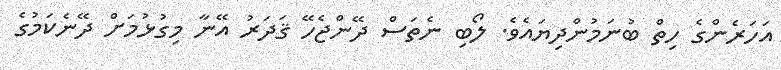
އަހަރެންގެ ހިތް ބުނަމުންދިޔައެވެ. ލޯބި ނެތަސް ދޭންޖެހޭ ޤަދަރު އޭނާ މިގުޅުމަށް ދޭނެކަމުގެ